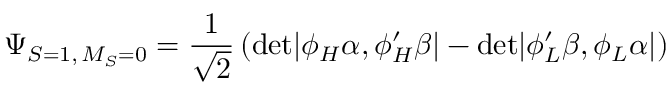
\Psi _ { S = 1 , \, M _ { S } = 0 } = \frac { 1 } { \sqrt 2 } \left( \mathrm { d e t } | \phi _ { H } \alpha , \phi _ { H } ^ { \prime } \beta | - \mathrm { d e t } | \phi _ { L } ^ { \prime } \beta , \phi _ { L } \alpha | \right)